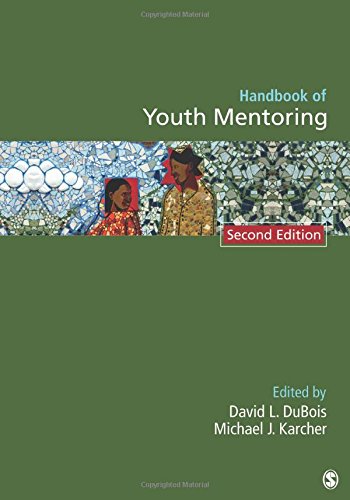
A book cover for Handbook of Youth Mentoring (The SAGE Program on Applied Developmental Science); Medical Books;